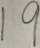
1 9